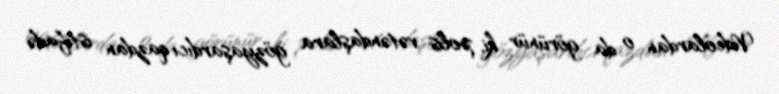
Videolardan o da görünür ki, polis vətəndaşlara gözyaşardıcı qazdan istifadə